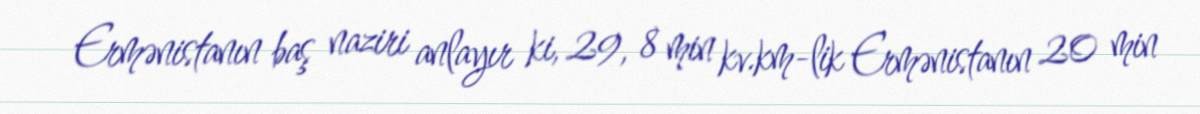
Ermənistanın baş naziri anlayır ki, 29, 8 min kv.km-lik Ermənistanın 20 min